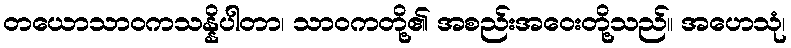
တယောသာဝကသန္နိပါတာ၊ သာဝကတို့၏ အစည်းအဝေးတို့သည်။ အဟေသုံ၊